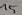
Text: 15